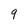
Character: 9